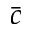
\bar { c }